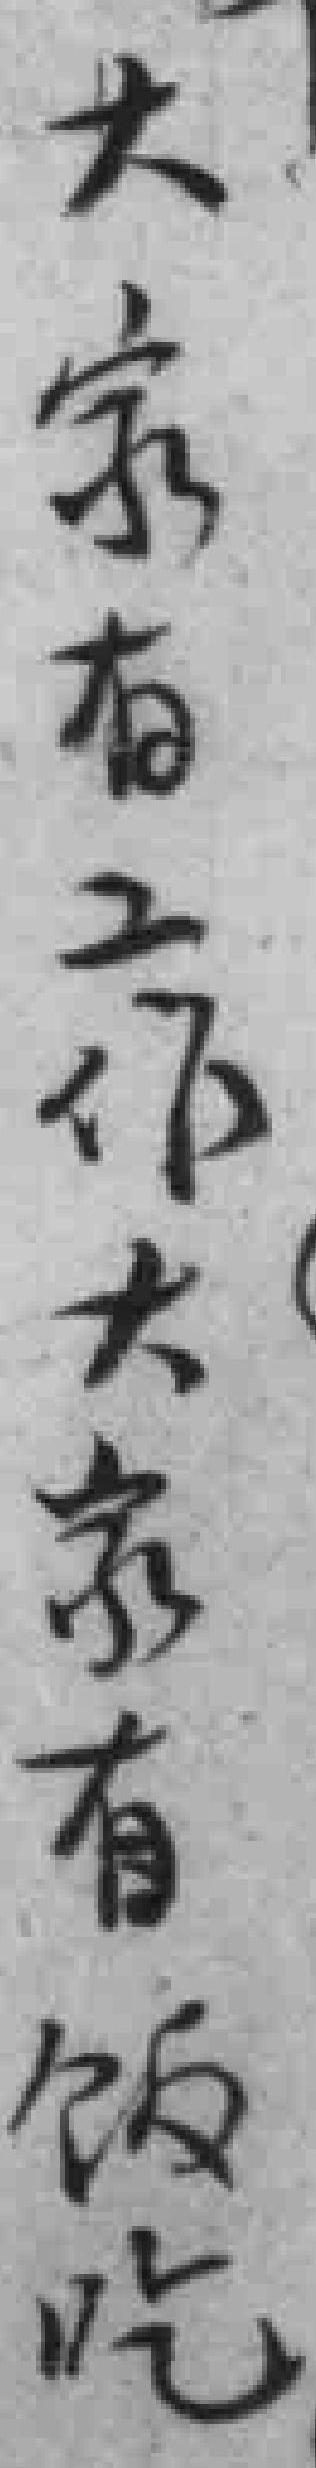
大家有工作大家有饭吃